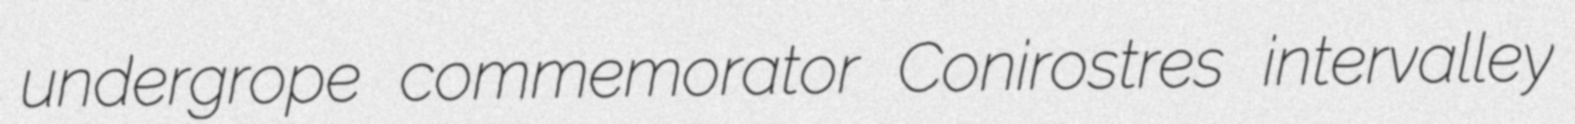
undergrope commemorator Conirostres intervalley